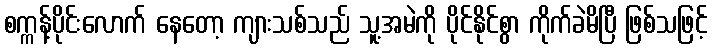
စက္ကန့်ပိုင်းလောက် နေတော့ ကျားသစ်သည် သူ့အမဲကို ပိုင်နိုင်စွာ ကိုက်ခဲမိပြီ ဖြစ်သဖြင့်